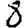
Digit: 8